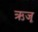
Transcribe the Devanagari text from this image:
ऋजू